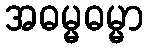
အဓမ္မဓမ္မာ